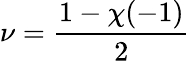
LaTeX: \nu={\frac{1-\chi(-1)}{2}}